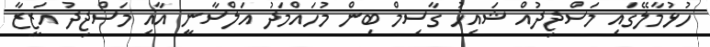
ހުޅުމާލޭގައި މަސްޖިދުއް ޝައިހު ގާސިމް ބިން މުހައްމަދު އަލްސާނީ އާއި މަސްޖިދު އަޒީޒާ